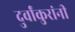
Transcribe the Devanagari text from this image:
दुर्वांकुरांनी